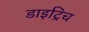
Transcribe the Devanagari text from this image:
डाइट्रिच